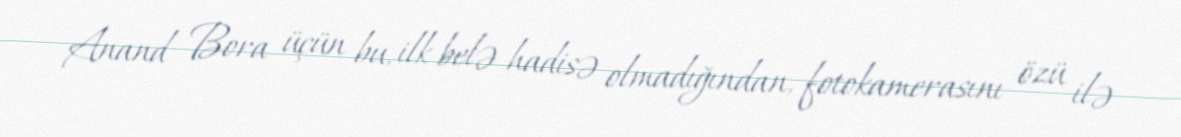
Anand Bora üçün bu, ilk belə hadisə olmadığından, fotokamerasını özü ilə